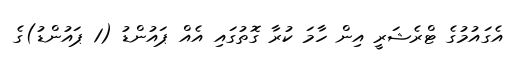
އެގައުމުގެ ޓްރެޝަރީ އިން ހާމަ ކުރާ ގޮތުގައި އެއް ޕައުންޑު (1 ޕައުންޑު)ގެ